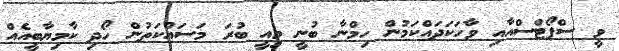
ވީ ސްޕޯޓްސްއާއި ވާހަކަދައްކަމުން ހިމްނާ ބުނީ މިއީ ބުރަ މަސައްކަތުން ހޯދި ކާމިޔާބީއެއް